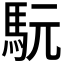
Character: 𩢄